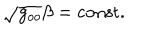
\sqrt { g _ { o o } } \beta = \mathrm { c o n s t } .